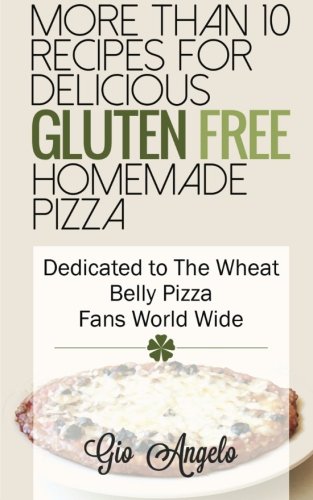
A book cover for More Than 10 Recipes For Delicious Gluten Free Homemade Pizza: Dedicated to The Wheat Belly Pizza Fans World Wide; Chef Gio Angelo; Cookbooks, Food & Wine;